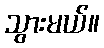
သွားမယ်။